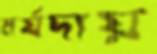
মর্যদায়